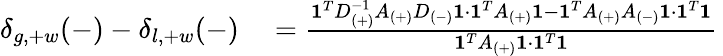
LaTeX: \begin{array}{rl}{\delta_{g,+w}(-)-\delta_{l,+w}(-)}&{{}=\frac{\mathbf{1}^{T}D_{(+)}^{-1}A_{(+)}D_{(-)}\mathbf{1}\cdot\mathbf{1}^{T}A_{(+)}\mathbf{1}-\mathbf{1}^{T}A_{(+)}A_{(-)}\mathbf{1}\cdot\mathbf{1}^{T}\mathbf{1}}{\mathbf{1}^{T}A_{(+)}\mathbf{1}\cdot\mathbf{1}^{T}\mathbf{1}}\, }\end{array}